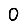
Digit: 0